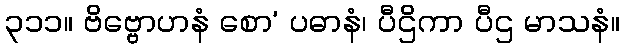
၃၁၁။ ဗိဗ္ဗောဟနံ စော’ ပဓာနံ၊ ပီဌိကာ ပီဌ မာသနံ။